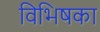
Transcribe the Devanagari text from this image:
विभिषका